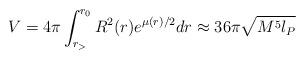
LaTeX: \begin{align*}V = 4\pi \int_{r_>}^{r_0} R^2(r) e^{\mu(r)/2}dr \approx36 \pi \sqrt{M^5 l_P}\end{align*}